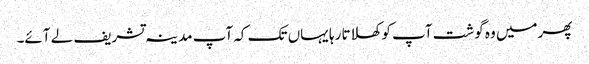
پھرمیں وہ گوشت آپ کو کھلاتا رہا یہاں تک کہ آپ مدینہ تشریف لے آئے۔